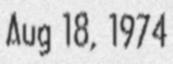
Aug 18, 1974